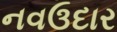
નવઉદાર